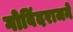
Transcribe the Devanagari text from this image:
गोविंदराजने